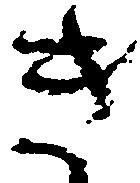
き